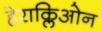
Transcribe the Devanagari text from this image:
हेराक्लिओन